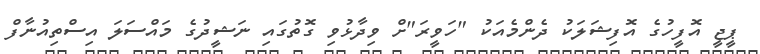
ޕީޖީ އޮފީހުގެ އޮފިޝަލަކު ދެންމެއަކު "ހަވީރަ"ށް ވިދާޅުވި ގޮތުގައި ނަޝީދުގެ މައްސަލަ އިސްތިއުނާފް